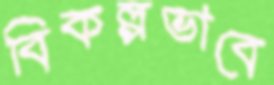
বিকল্পভাবে